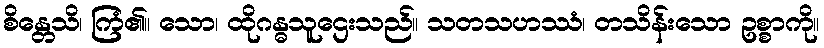
စိန္တေသိ၊ ကြံ၏။ သော၊ ထိုဂန္ဓသူဌေးသည်။ သတသဟဿံ၊ တသိန်းသော ဥစ္စာကို။